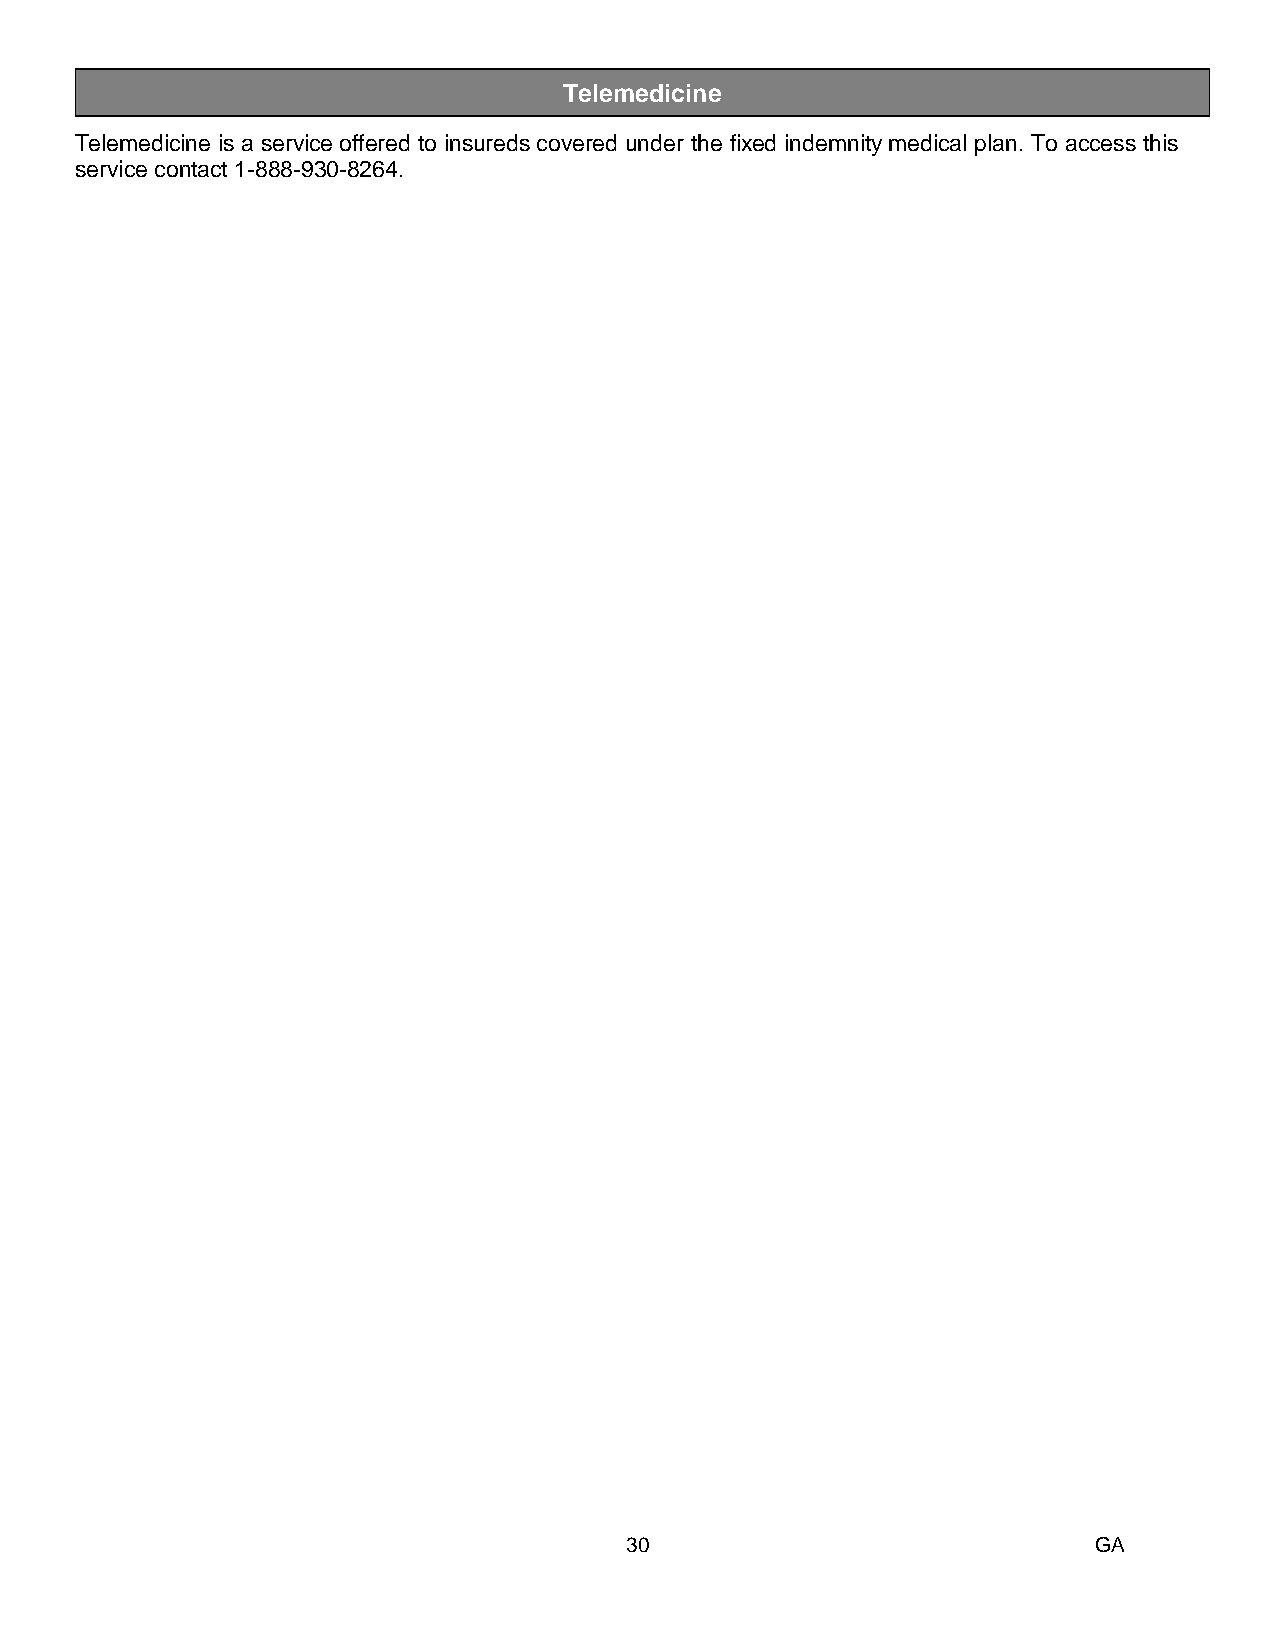
Telemedicine
 26B
 Telemedicine is a service offered to insureds covered under the fixed indemnity medical plan. To access this
 service contact 1-888-930-8264.
 30                              GA